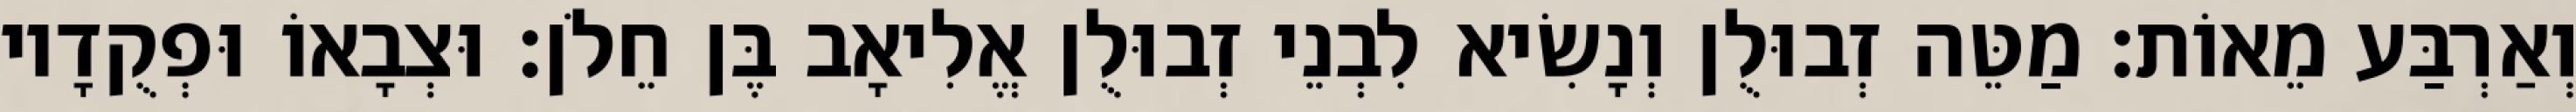
וְאַרְבַּע מֵאוֹת׃ מַטֵּה זְבוּלֻן וְנָשִׂיא לִבְנֵי זְבוּלֻן אֱלִיאָב בֶּן חֵלֹן׃ וּצְבָאוֹ וּפְקֻדָיו